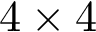
4 \times 4